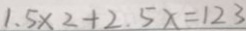
1 . 5 \times 2 + 2 . 5 x = 1 2 3